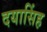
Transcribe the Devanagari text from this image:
दयासिंह